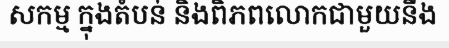
សកម្ម ក្នុងតំបន់ និងពិភពលោកជាមួយនឹង